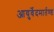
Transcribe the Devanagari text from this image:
आयुर्वेदमार्तण्ड